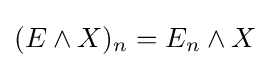
(E\wedge X)_{n}=E_{n}\wedge X